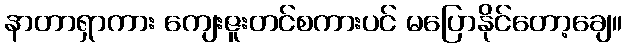
နာတာရှာကား ကျေးဇူးတင်စကားပင် မပြောနိုင်တော့ချေ။